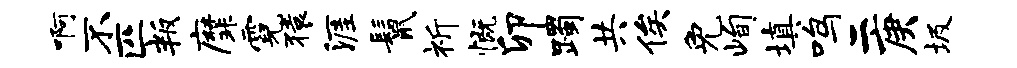
啊不匹叛縻霓猿涯鬣祈慨卯躅共俟免峋填鸣二庚圾